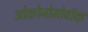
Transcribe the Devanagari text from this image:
ओकोनोमोवॉक